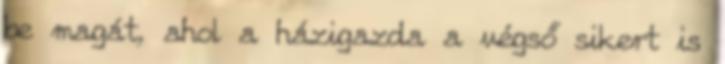
be magát, ahol a házigazda a végső sikert is